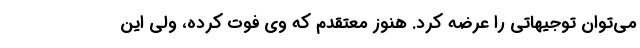
می‌توان توجیهاتی را عرضه کرد. هنوز معتقدم که وی فوت کرده، ولی این